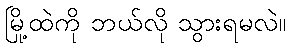
မြို့ထဲကို ဘယ်လို သွားရမလဲ။